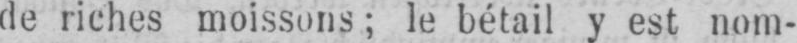
de riches moissons; le bétail y est nom-